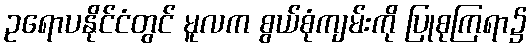
ဥရောပနိုင်ငံတွင် မူလက စွယ်စုံကျမ်းကို ပြုစုကြရာ၌